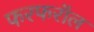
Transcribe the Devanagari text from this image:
फरफरॉल